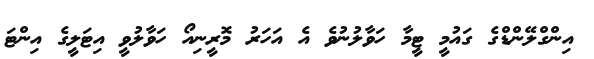
އިންގްލޭންޑްގެ ގައުމީ ޓީމާ ހަވާލުނުވެ އެ އަހަރު މޮރީނިއޯ ހަވާލުވީ އިޓަލީގެ އިންޓަ